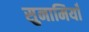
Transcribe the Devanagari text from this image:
सुनामियाँ